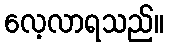
လေ့လာရသည်။